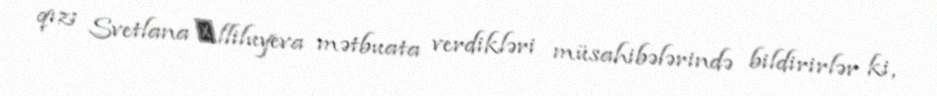
qızı Svetlana Аlliluyeva mətbuata verdikləri müsahibələrində bildirirlər ki,